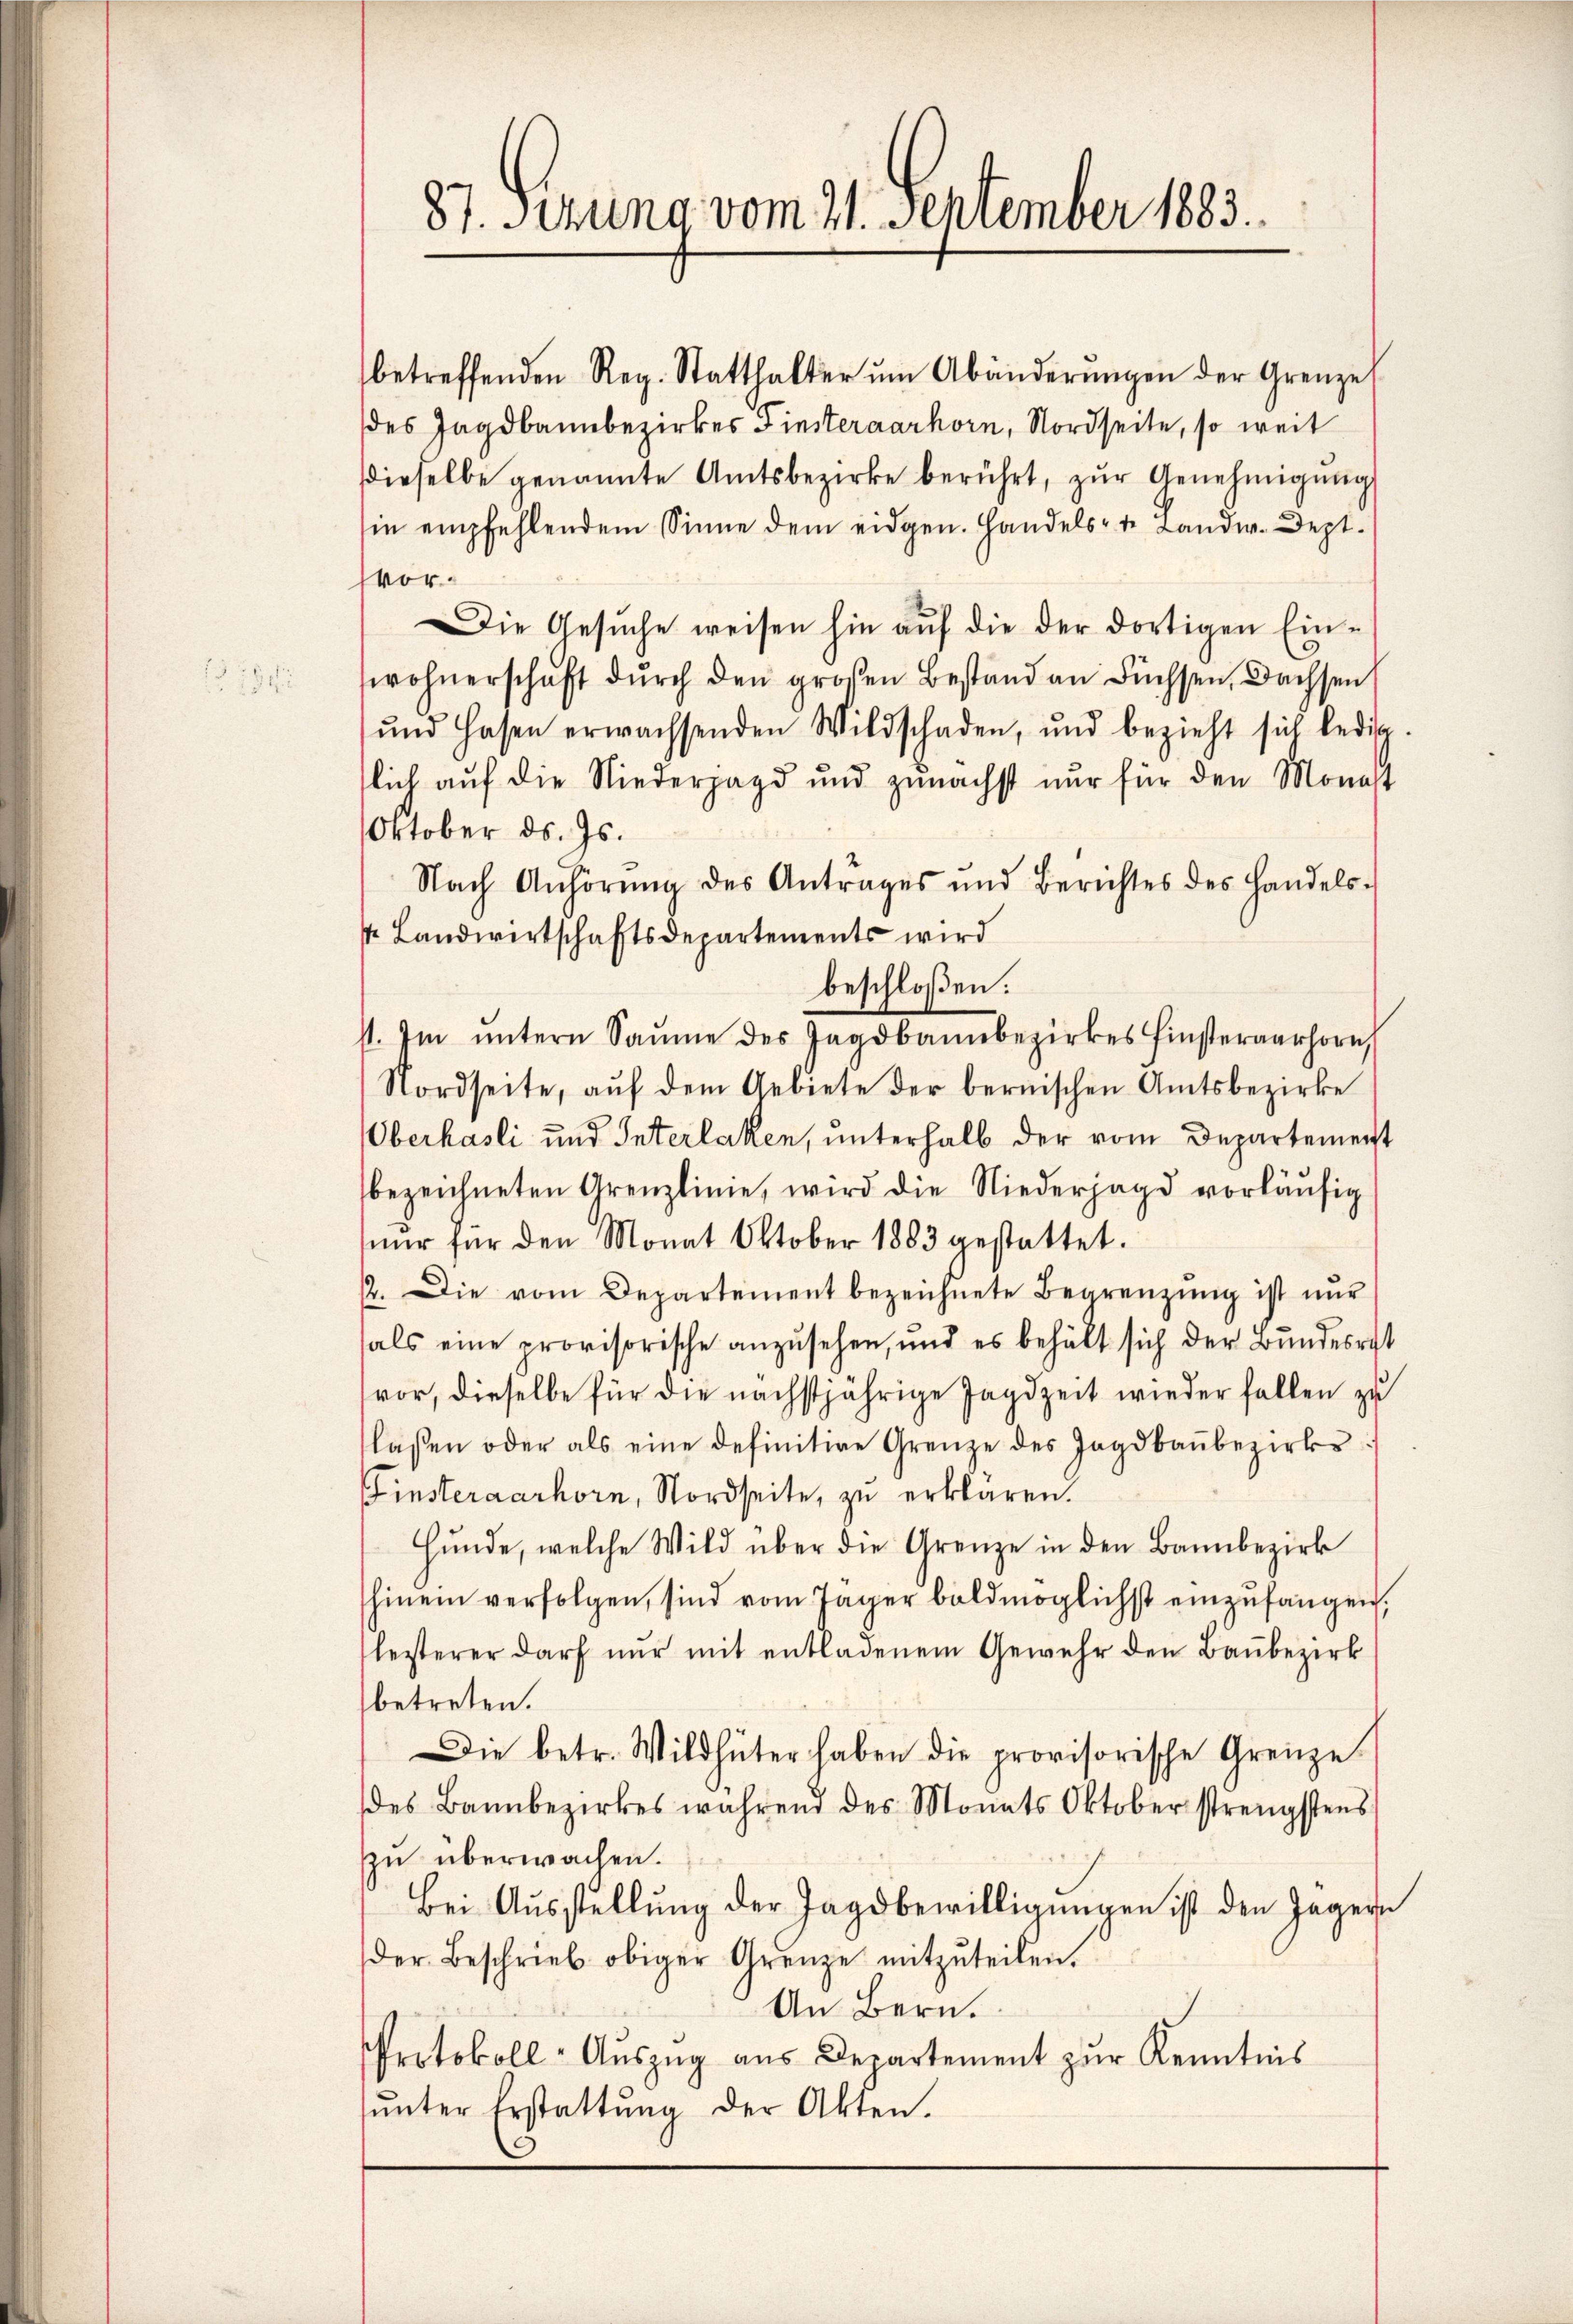
87. Sitzung vom 21. September 1883.

betreffenden Reg. Statthalter ŭm Abänderŭngen der Grenzel
des Jagdbannbezirkes Finsteraarhorn, Nordseite, so weit
dieselbe genannte Amtsbezirke berührt, zŭr Genehmigŭng
sin empfehlendem Sinne dem eidgen. Handels- u. Landw. Dept.
Vor¬
Die Gesŭche weisen hin aŭf die der dortigen Ein-
wohnerschaft dŭrch den großen Bestand an Füchsen, Dachsen
ŭnd Hasen erwachsenden Wildschaden, und bezieht sich ledig
lich auf die Niederjagd und zunächst nur für den Monast
Oktober ds. Js.
Nach Anhörŭng des Antrages und Berichtes des Handels-
s Landwirtschaftsdepartements wird
beschloßen:
1. Im ŭntern Saume des Jagdbannbezirkes hinsterverhöre,
Nordseite, auf dem Gebiete der bernischen Amtsbezirke
Oberhasli und Interlaken, unterhalb der vom Departement
bezeichneten Grenzlinie, wird die Niederjage vorläŭfig
nŭr für den Monat Oktober 1883 gestattet.
2. Die vom Departement bezeichnete Begrenzŭng ist nŭr
als eine provisorische anzusehen, und es behält sich der Bundesrat
vor, dieselbe für die nächstjährige Jagdzeit wieder fallen zu
lassen oder als eine definitive Grenze des Jagdbaŭbezirks-
Finsteraarhorn, Nordseite, zu erklären.
Hunde, welche Wild über die Grenze in den Bannbezirk
hinein verfolgen, sind vom Jäger baldmöglichst einzufangen,
leiterer darf nŭr mit entladenem Gewehr den Baŭbezirk
betreten.
Die betr. Wildhüter haben die provisorische Grenze
des Bannbezirkes während des Monats Oktober strengstens
zu überwachen.
Bei Ausstellung der Jagdbewilligungen ist den Jagern
der Beschrieb obiger Grenze mitzuteilen.
An Bern.
Protokoll-Aŭszŭg aŭs Departement zŭr Kenntnis
ŭnter Erstattŭng der Akten.